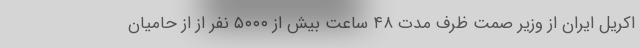
اکریل ایران از وزیر صمت ظرف مدت ۴۸ ساعت بیش از ۵۰۰۰ نفر از از حامیان